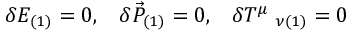
\delta { \cal { E } } _ { ( 1 ) } = 0 , \; \; \; \delta \vec { { P } } _ { ( 1 ) } = 0 , \; \; \; \delta { T } ^ { \mu } \; _ { \nu ( 1 ) } = 0